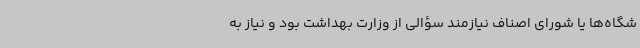
شگاه‌ها یا شورای اصناف نیازمند سؤالی از وزارت بهداشت بود و نیاز به